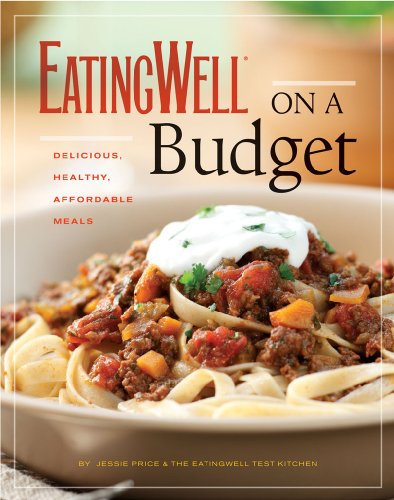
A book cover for EatingWell on a Budget: 140 Delicious, Healthy, Affordable Recipes: Amazing Meals for Less Than $3 a Serving; Cookbooks, Food & Wine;